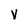
Character: v